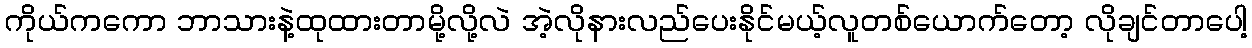
ကိုယ်ကကော ဘာသားနဲ့ထုထားတာမို့လို့လဲ အဲ့လိုနားလည်ပေးနိုင်မယ့်လူတစ်ယောက်တော့ လိုချင်တာပေါ့